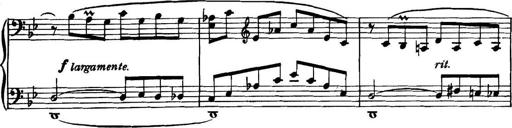
Title: Piano Sonatina in G minor
Composer: John Blackwood McEwen
Key: G minor